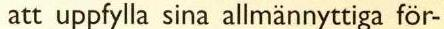
att uppfylla sina allmännyttiga för-